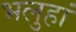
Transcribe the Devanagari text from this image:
भलुहां